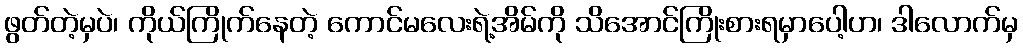
ဖွတ်တဲ့မှပဲ၊ ကိုယ်ကြိုက်နေတဲ့ ကောင်မလေးရဲ့အိမ်ကို သိအောင်ကြိုးစားရမှာပေါ့ဟ၊ ဒါလောက်မှ